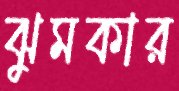
ঝুমকার